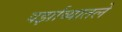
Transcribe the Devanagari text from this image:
वर्झाव्यातले